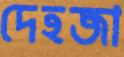
দেহজা